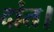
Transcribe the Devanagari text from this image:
दांत।